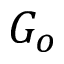
G _ { o }